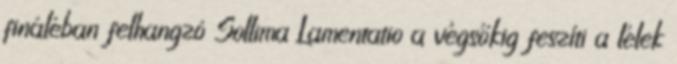
fináléban felhangzó Sollima Lamentatio a végsőkig feszíti a lélek